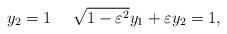
LaTeX: \begin{align*}y_2=1 \ \ \ \ \sqrt{1-\varepsilon^2}y_1+\varepsilon y_2=1, \end{align*}